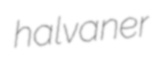
halvaner